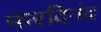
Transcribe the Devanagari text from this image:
फरदिनंद